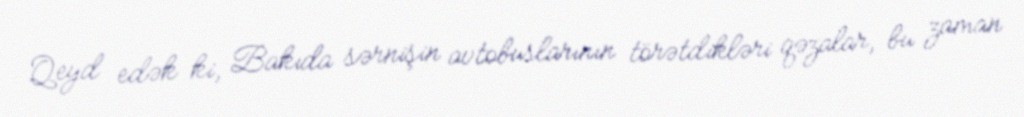
Qeyd edək ki, Bakıda sərnişin avtobuslarının törətdikləri qəzalar, bu zaman